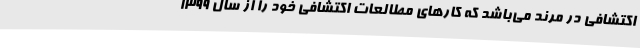
اکتشافی در مرند می‌باشد که کارهای مطالعات اکتشافی خود را از سال 1399